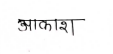
मजकूर: आकाश